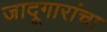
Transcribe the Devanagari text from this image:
जादूगारांचा